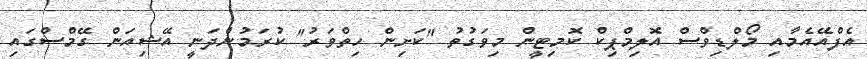
އެފްއޭއެމާއި މޯލްޑިވްސް އޮލިމްޕިކް ކޮމިޓީން މިވަގުތު "ކަށިން ހިތްވަރު" ކުރަމުންދަނީ އޭޝިއަން ގޭމްސްގައި